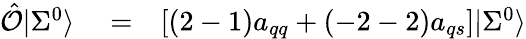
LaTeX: \begin{array}{rlr}{\hat{\cal O}|\Sigma^{0}\rangle}&{{}=}&{\left[(2-1)a_{qq}+(-2-2)a_{qs}\right]|\Sigma^{0}\rangle}\end{array}